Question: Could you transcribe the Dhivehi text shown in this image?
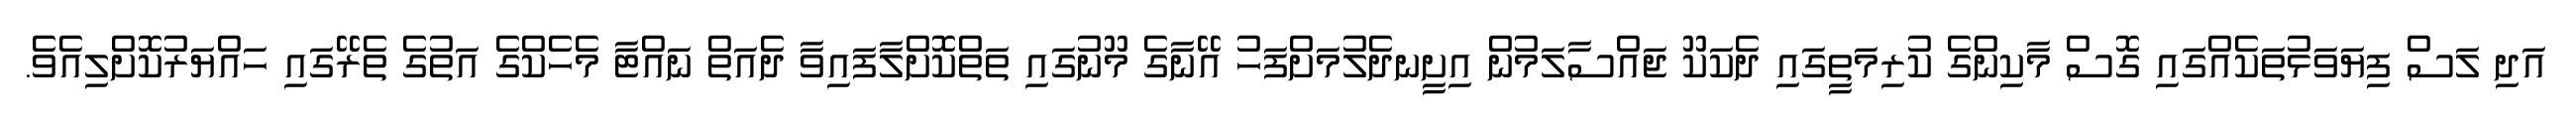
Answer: އަދި ލަސް ފިޔަވަޅުތަކެއްގައި ގޮސް މާކިންގެ ކުރިމަތީގައި ދެކަކޫ ޖައްސާލަމުން އިށީނދެލުމަށްފަހު އޭނާގެ މޫނުގައި ތަތްކޮށްލާފައިވާ ދެއަތް ނައްޓާ މެހެކްގެ އަތުގެ ތެރޭގައި ހައްޔަރުކޮށްލިއެވެ.